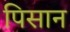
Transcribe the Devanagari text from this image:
पिसान